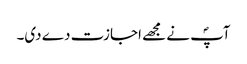
آپؐ نے مجھے اجازت دے دی۔